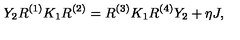
Y _ { 2 } R ^ { ( 1 ) } K _ { 1 } R ^ { ( 2 ) } = R ^ { ( 3 ) } K _ { 1 } R ^ { ( 4 ) } Y _ { 2 } + \eta J ,